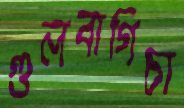
গুলবাগিচা